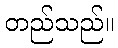
တည်သည်။